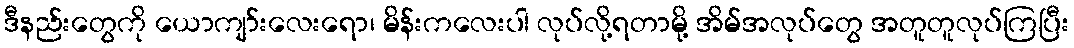
ဒီနည်းတွေကို ယောကျာ်းလေးရော၊ မိန်းကလေးပါ လုပ်လို့ရတာမို့ အိမ်အလုပ်တွေ အတူတူလုပ်ကြပြီး